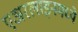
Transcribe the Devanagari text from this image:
एअरलाइनमध्ये